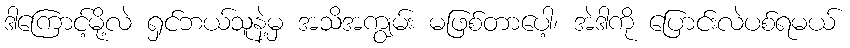
ဒါကြောင့်မို့လဲ ရှင်ဘယ်သူနဲ့မှ အသိအကျွမ်း မဖြစ်တာပေါ့၊ အဲဒါကို ပြောင်းလဲပစ်ရမယ်